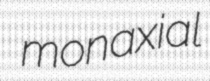
monaxial